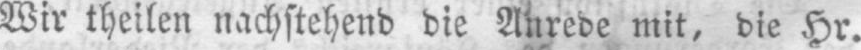
Wir theilen nachstehend die Anrede mit, die Hr.